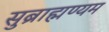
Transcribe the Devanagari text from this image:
सुब्राह्मण्यम